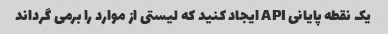
یک نقطه پایانی API ایجاد کنید که لیستی از موارد را برمی گرداند